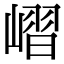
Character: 嶍